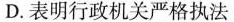
D.表明行政机关严格执法